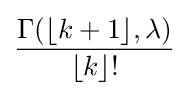
{\frac {\Gamma (\lfloor k+1\rfloor ,\lambda )}{\lfloor k\rfloor !}}